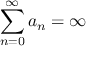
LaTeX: \sum _ { n = 0 } ^ { \infty } a _ { n } = \infty